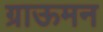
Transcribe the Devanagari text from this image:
ग्राऊमन